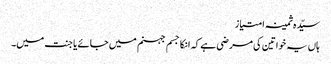
سیّدہ ثمینہ امتیاز
ہاں یہ خواتین کی مرضی ہے کہ انکا جسم جہنم میں جائے یا جنت میں۔